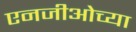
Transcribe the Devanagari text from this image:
एनजीओच्या